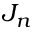
J _ { n }